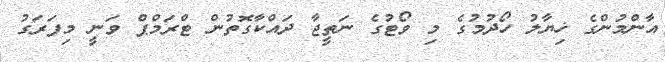
އާންމުންގެ ޚިޔާލު ހޯދުމުގެ މި ވޯޓުގެ ނަތީޖާ ދައްކާގޮތުން ޓްރަމްޕް ވަނީ މިފަރަގު